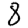
Digit: 8